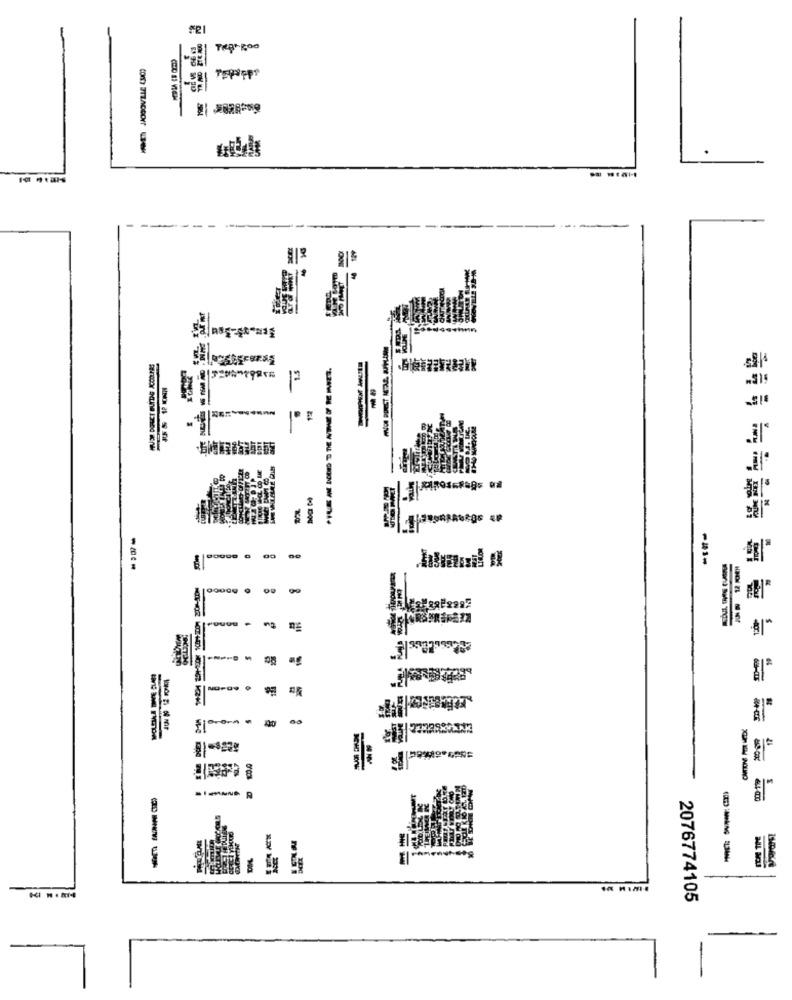
Tegn Roo
.
MUS DOFLET BUTTHE ACCOUNAS
-- 1-
00
---
--
---
2076774105